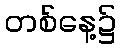
တစ်နေ့၌